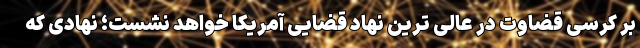
بر کرسی قضاوت در عالی ترین نهاد قضایی آمریکا خواهد نشست؛ نهادی که